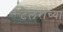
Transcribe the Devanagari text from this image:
टेलराच्या